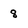
Character: 8